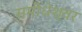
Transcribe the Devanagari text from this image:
समीधेश्वर